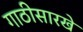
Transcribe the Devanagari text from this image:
गाठीसारखे